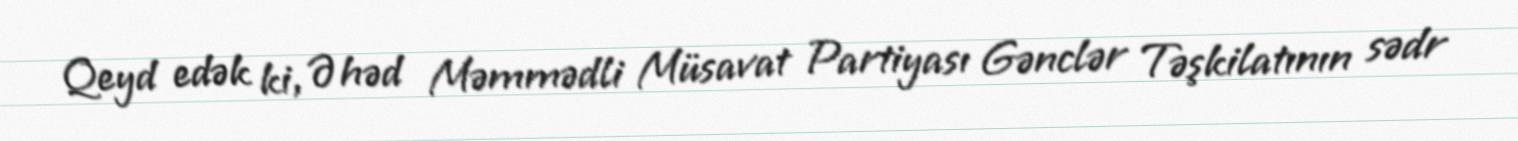
Qeyd edək ki, Əhəd Məmmədli Müsavat Partiyası Gənclər Təşkilatının sədr